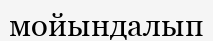
мойындалып